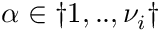
\alpha \in \dag { 1 , . . , \nu _ { i } \dag }